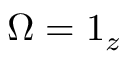
\boldsymbol { \Omega } = \boldsymbol { 1 } _ { z }